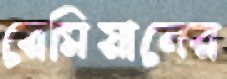
রেমিয়ানের